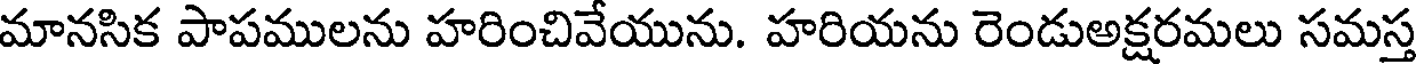
మానసిక పాపములను హరించివేయును. హరియను రెండుఅక్షరమలు సమస్త